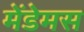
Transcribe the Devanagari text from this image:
मेंडेमस